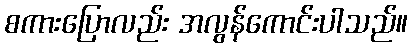
စကားပြောလည်း အလွန်ကောင်းပါသည်။